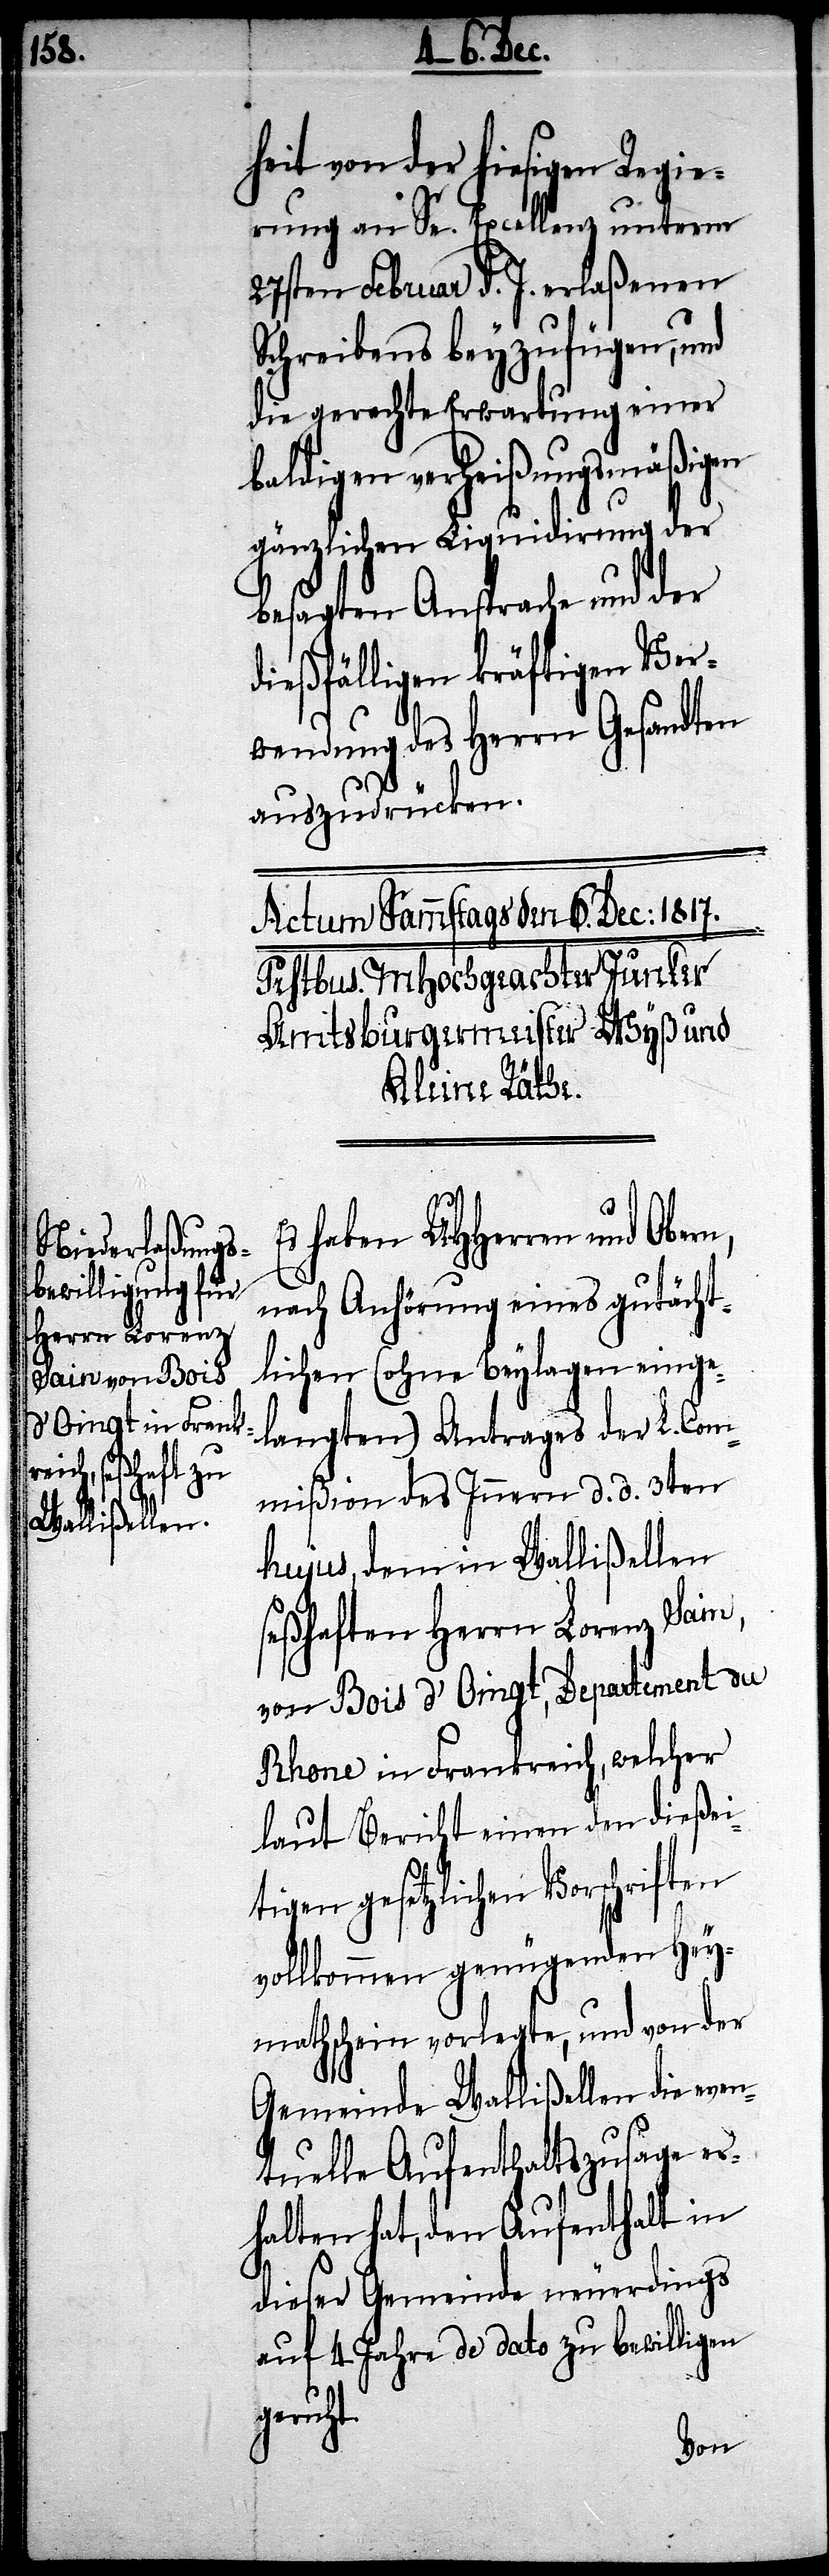
heit von der hiesigen Regie¬
rung an Se. Excellenz unterm
28sten Februar d .J. erlaßenen
Schreibens beyzufügen, und
die gerechte Erwartung einer
baldigen verheißungsmäßigen
gänzlichen Liquidirung der
besagten Ansprache und der
dießfälligen kräftigen Ver¬
wendung des Herrn Gesandten
auszudrücken.
haben UHHerren und Ober¬
nach Anhörung eines gutächt¬
lichen (ohne Beylagen einge¬
langten) Antrages der L. Com¬
mißion des Innern d. d. 3ten
hujus, dem in Wallißellen
seßhaften Herrn Lorenz Sain
von Bois d’Oingt, Departement du
Rhone in Frankreich, welcher
laut Bericht einen dießei¬
tigen gesetzlichen Vorschriften
vollkommen genügenden Hey¬
mathschein vorlegte, und von der
Gemeinde Wallißellen die even¬
tuelle Aufenthaltszusage er¬
halten hat, den Aufenthalt in
dieser Gemeinde neuerdings
auf 4 Jahre de dato zu bewilligen
geruht.
n,